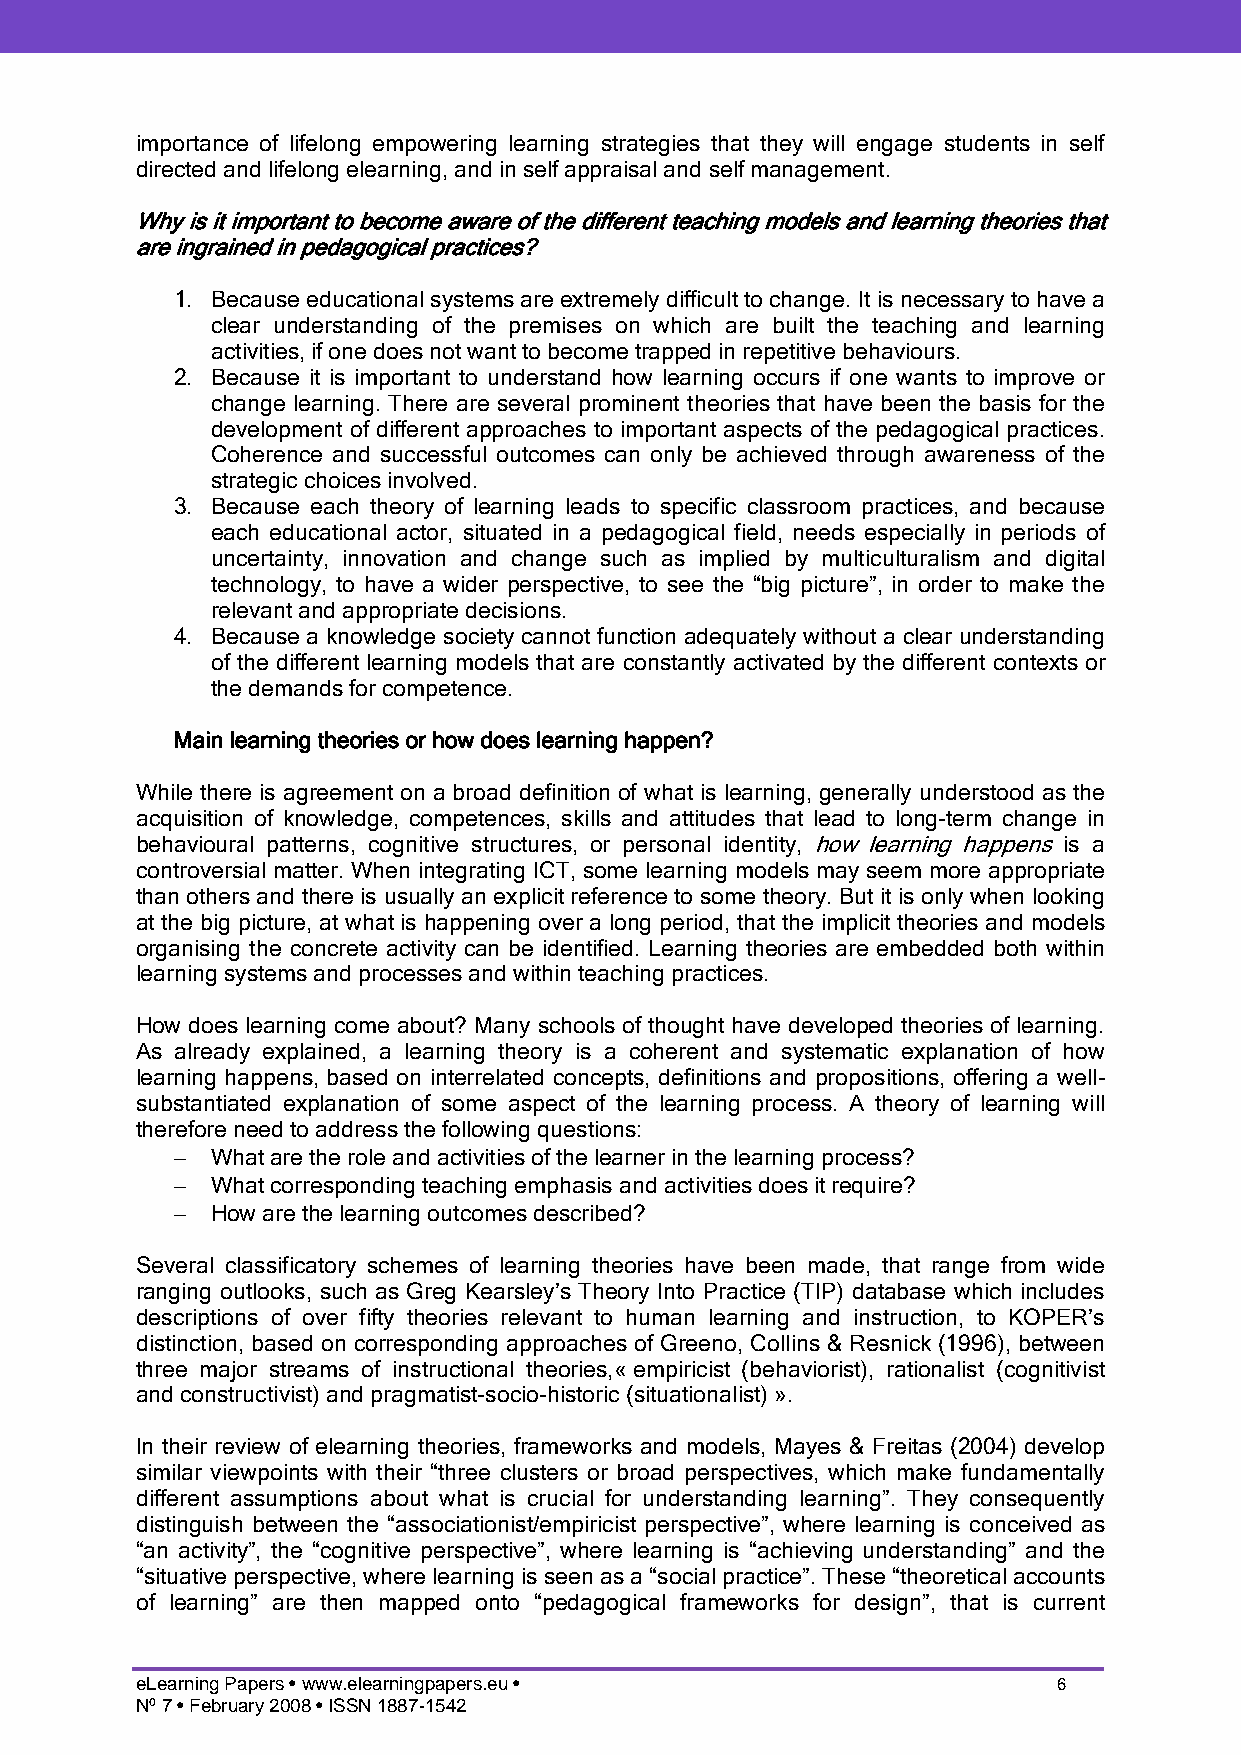
importance of lifelong empowering learning strategies that they will engage students in self
 directed and lifelong elearning, and in self appraisal and self management.
 Why is it important to become aware of the different teaching models and learning theories that
 are ingrained in pedagogical practices?
 1. Because educational systems are extremely difficult to change. It is necessary to have a
 clear understanding of the premises on which are built the teaching and learning
 activities, if one does not want to become trapped in repetitive behaviours.
 2. Because it is important to understand how learning occurs if one wants to improve or
 change learning. There are several prominent theories that have been the basis for the
 development of different approaches to important aspects of the pedagogical practices.
 Coherence and successful outcomes can only be achieved through awareness of the
 strategic choices involved.
 3. Because each theory of learning leads to specific classroom practices, and because
 each educational actor, situated in a pedagogical field, needs especially in periods of
 uncertainty, innovation and change such as implied by multiculturalism and digital
 technology, to have a wider perspective, to see the “big picture”, in order to make the
 relevant and appropriate decisions.
 4. Because a knowledge society cannot function adequately without a clear understanding
 of the different learning models that are constantly activated by the different contexts or
 the demands for competence.
 Main learning theories or how does learning happen?
 While there is agreement on a broad definition of what is learning, generally understood as the
 acquisition of knowledge, competences, skills and attitudes that lead to long-term change in
 behavioural patterns, cognitive structures, or personal identity, how learning happens is a
 controversial matter. When integrating ICT, some learning models may seem more appropriate
 than others and there is usually an explicit reference to some theory. But it is only when looking
 at the big picture, at what is happening over a long period, that the implicit theories and models
 organising the concrete activity can be identified. Learning theories are embedded both within
 learning systems and processes and within teaching practices.
 How does learning come about? Many schools of thought have developed theories of learning.
 As already explained, a learning theory is a coherent and systematic explanation of how
 learning happens, based on interrelated concepts, definitions and propositions, offering a well-
 substantiated explanation of some aspect of the learning process. A theory of learning will
 therefore need to address the following questions:
 −  What are the role and activities of the learner in the learning process?
 −  What corresponding teaching emphasis and activities does it require?
 −  How are the learning outcomes described?
 Several classificatory schemes of learning theories have been made, that range from wide
 ranging outlooks, such as Greg Kearsley’s Theory Into Practice (TIP) database which includes
 descriptions of over fifty theories relevant to human learning and instruction, to KOPER’s
 distinction, based on corresponding approaches of Greeno, Collins & Resnick (1996), between
 three major streams of instructional theories,« empiricist (behaviorist), rationalist (cognitivist
 and constructivist) and pragmatist-socio-historic (situationalist) ».
 In their review of elearning theories, frameworks and models, Mayes & Freitas (2004) develop
 similar viewpoints with their “three clusters or broad perspectives, which make fundamentally
 different assumptions about what is crucial for understanding learning”. They consequently
 distinguish between the “associationist/empiricist perspective”, where learning is conceived as
 “an activity”, the “cognitive perspective”, where learning is “achieving understanding” and the
 “situative perspective, where learning is seen as a “social practice”. These “theoretical accounts
 of learning” are then mapped onto “pedagogical frameworks for design”, that is current
 eLearning Papers • www.elearningpapers.eu •                  6
 Nº 7 • February 2008 • ISSN 1887-1542